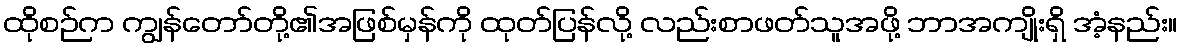
ထိုစဉ်က ကျွန်တော်တို့၏အဖြစ်မှန်ကို ထုတ်ပြန်လို့ လည်းစာဖတ်သူအဖို့ ဘာအကျိုးရှိ အံ့နည်း။